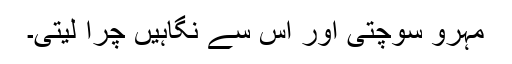
مہرو سوچتی اور اس سے نگاہیں چرا لیتی۔